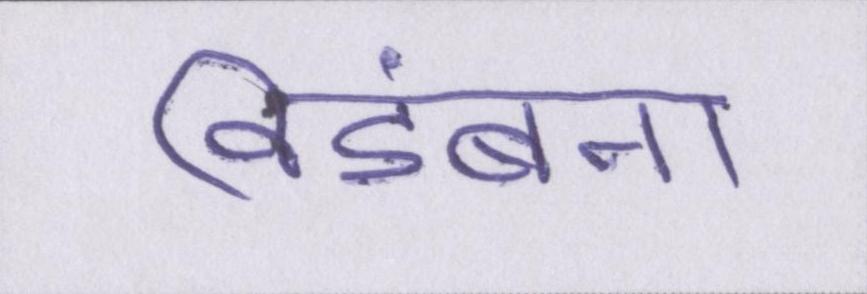
विडंबना